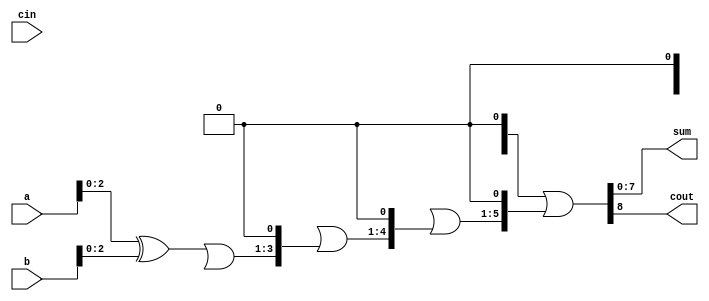
module kogge_stone_adder (
  input wire [7:0] a,
  input wire [7:0] b,
  input wire cin,
  output wire [7:0] sum,
  output wire cout
);

wire [7:0] p[3:0];
wire [7:0] g[3:0];
wire [7:0] c[3:1];

assign p[0] = a ^ b;
assign g[0] = a & b;
assign c[0][0] = cin;
assign {c[1][7:1], c[1][0]} = {g[0], p[0]} | {g[0], c[0]} << 1;
assign {c[2][6:2], c[2][1:0]} = {g[1], p[1]} | {g[1], c[1]} << 1;
assign {c[3][4:3], c[3][2:0]} = {g[2], p[2]} | {g[2], c[2]} << 1;
assign {cout, sum} = {g[3], p[3]} | {g[3], c[3]} << 1;

endmodule